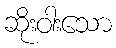
ဆိုးဝါးသော